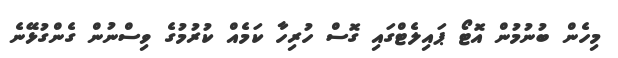
މިހެން ބުނުމުން އޮޓޯ ޕައިލެޓްގައި ގޮސް ހުރިހާ ކަމެއް ކުރުމުގެ ވިސްނުން ގެންގުޅޭނެ